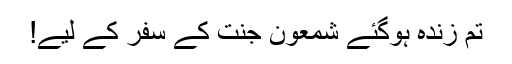
تم زندہ ہوگئے شمعون جنت کے سفر کے لیے!